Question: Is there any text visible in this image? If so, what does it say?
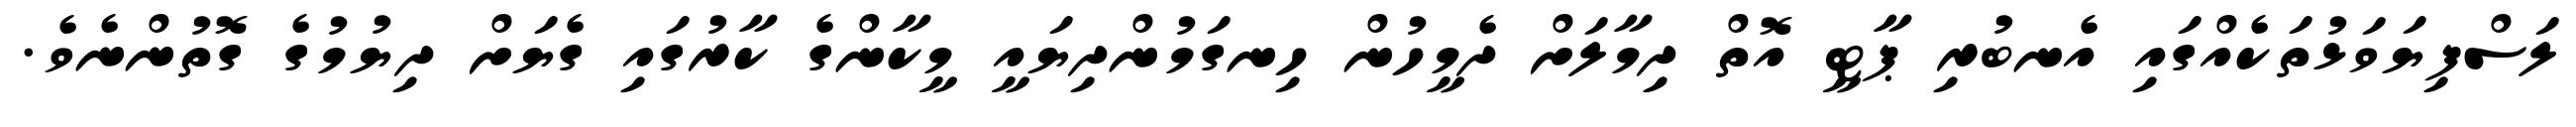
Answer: ލަސްފިޔަވަޅުތަކެއްގައި އެނބުރި ޕާޓީ އޮތް ދިމާލަށް ދެމީހުން ހިނގަމުންދިޔައީ މީކާންގެ ކާރުގައި ގެޔަށް ދިޔުމުގެ ގޮތުންނެވެ.